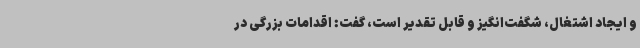
و ایجاد اشتغال، شگفت‌انگیز و قابل تقدیر است، گفت: اقدامات بزرگی در